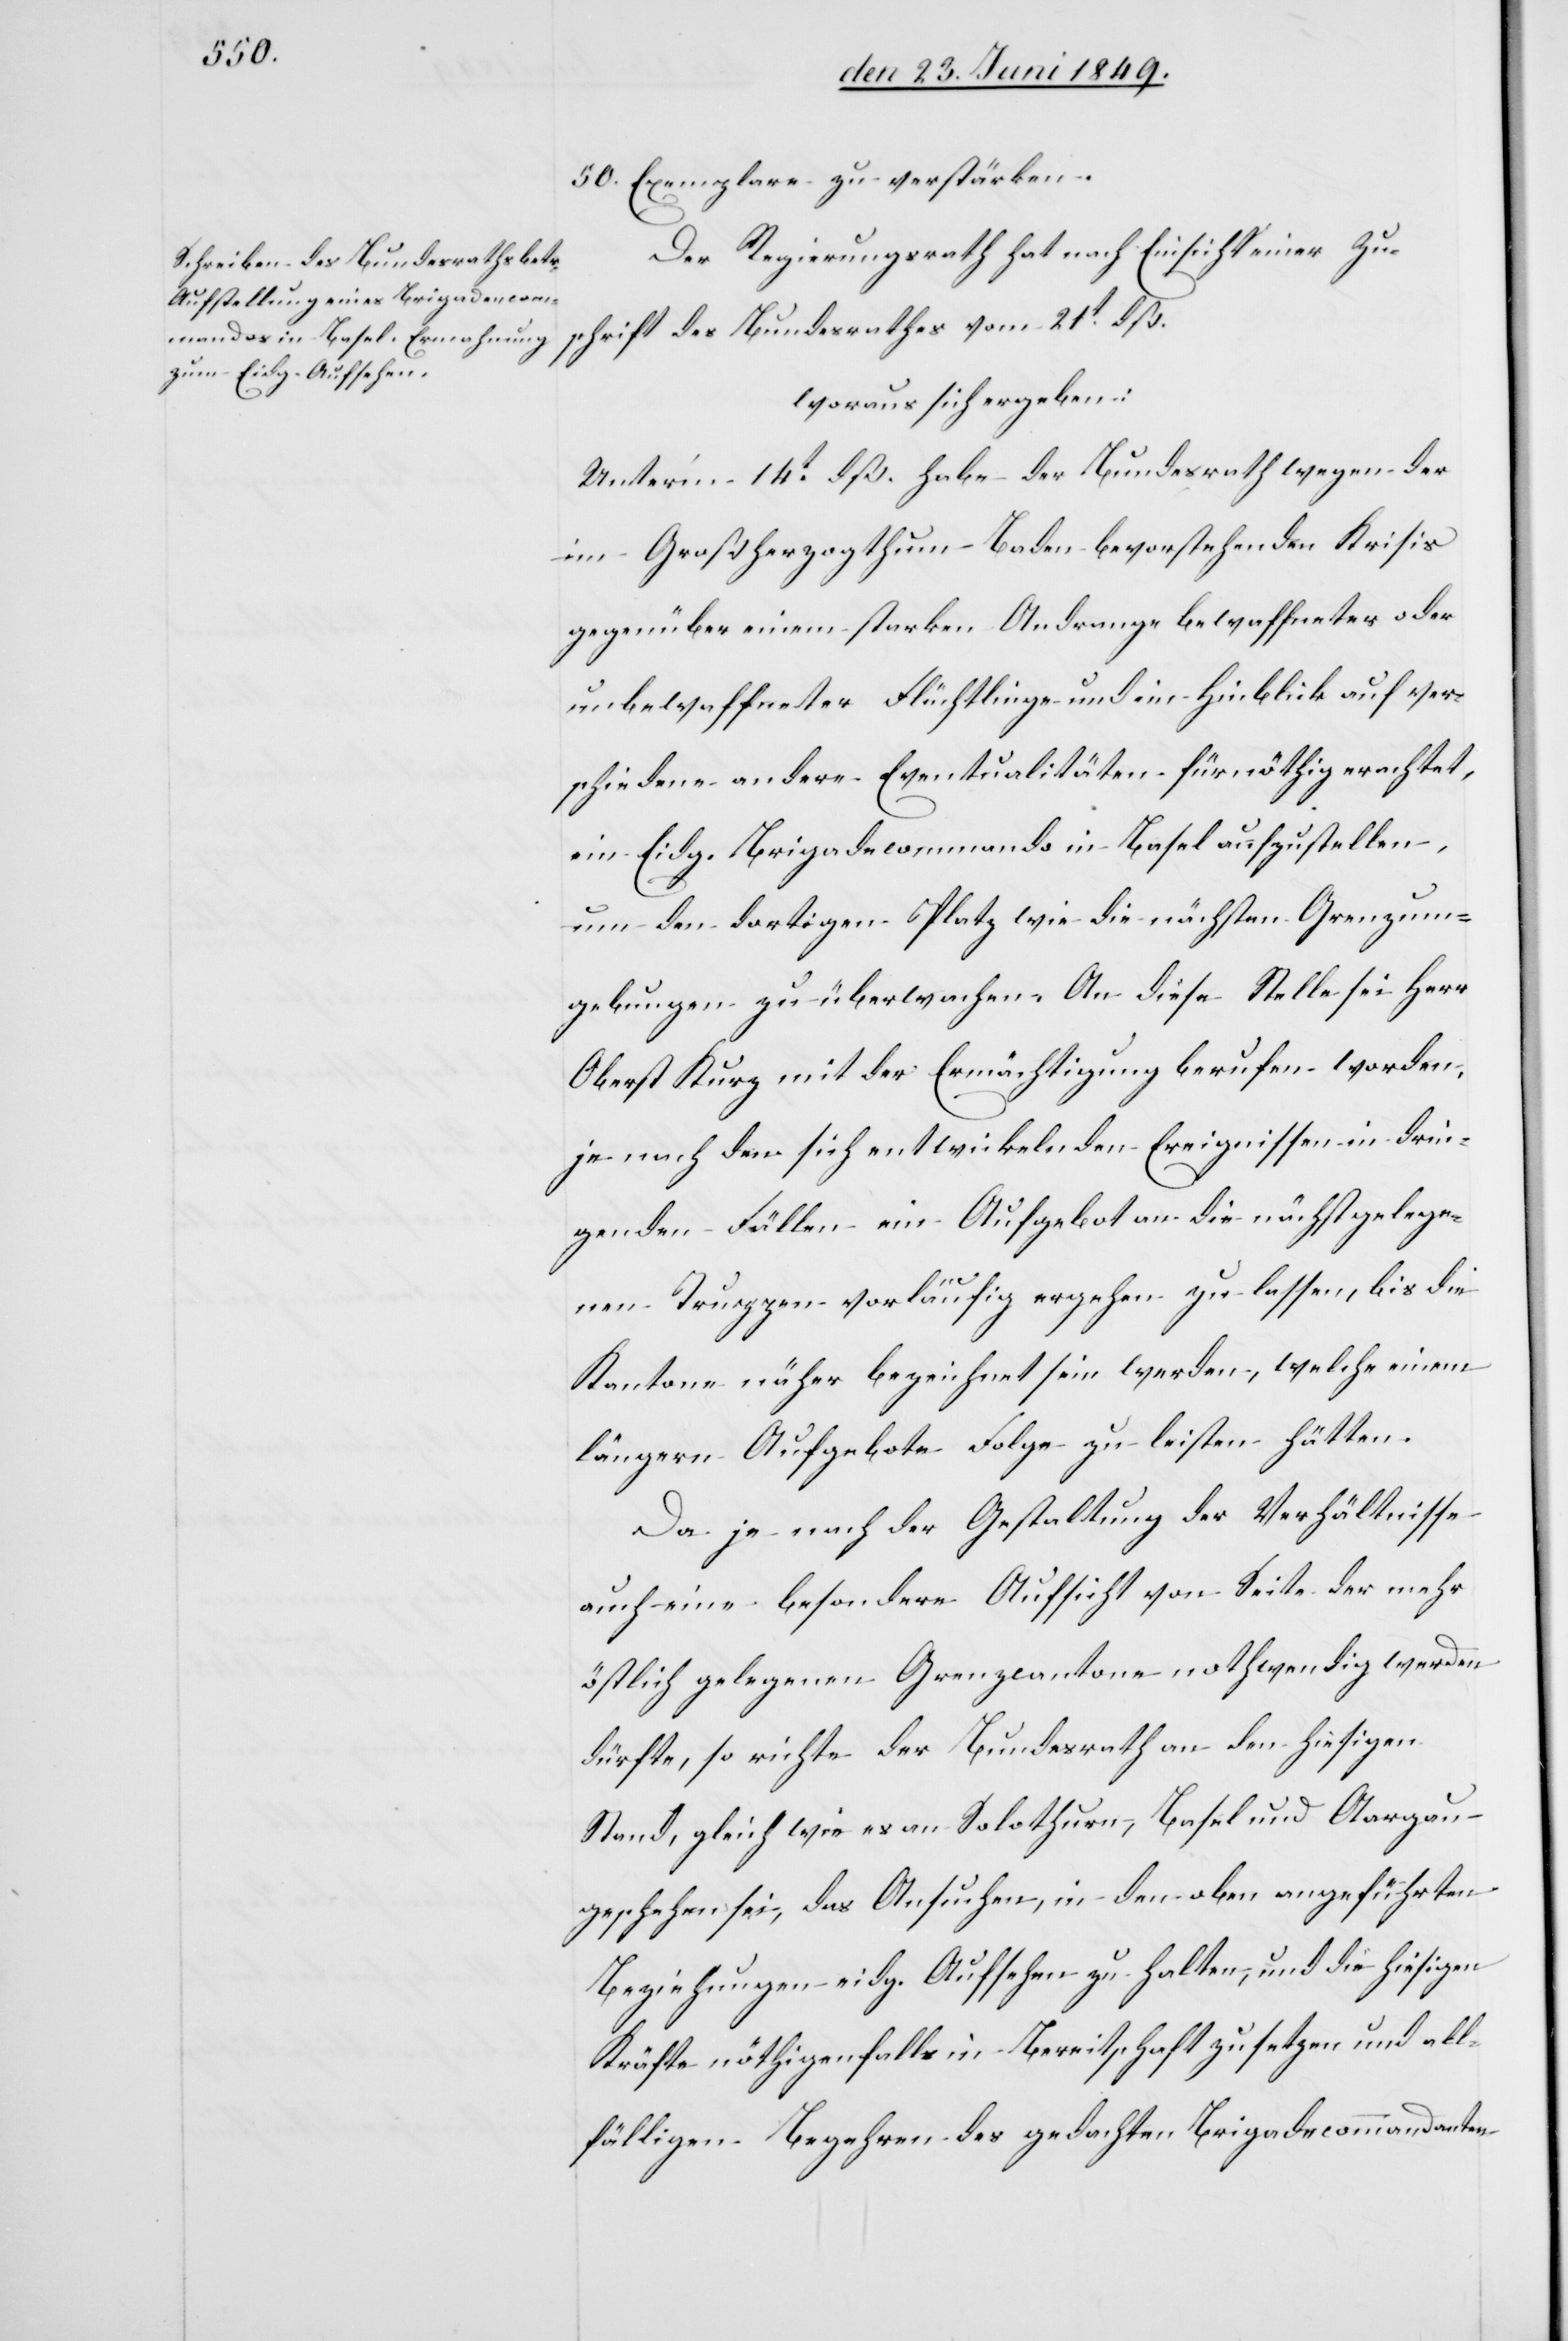
50. Exemplare zu verstärken.
Der Regierungsrath hat nach Einsicht einer Zu¬
schrift des Bundesrathes vom 21t dß.
woraus sich ergeben:
Unter’m 14t dß. habe der Bundesrath wegen der
im Großherzogthum Baden bevorstehenden Krisis
gegenüber einem starken Andrange bewaffneter oder
unbewaffneter Flüchtlinge und im Hinblick auf ver¬
schiedene andere Eventualitäten für nöthig erachtet,
ein Eidg. Brigadecommando in Basel aufzustellen,
um den dortigen Platz wie die nächsten Grenzum¬
gebungen zu überwachen. An diese Stelle sei Herr
Oberst Kurz mit der Ermächtigung berufen worden,
je nach den sich entwickelnden Ereignissen in drin¬
genden Fällen ein Aufgebot an die nächstgelege¬
nen Truppen vorläufig ergehen zu lassen, bis die
Kantone näher bezeichnet sein werden, welche einem
längern Aufgebote Folge zu leisten hätten.
Da je nach der Gestaltung der Verhältnisse
auch eine besondere Aufsicht von Seite der mehr
östlich gelegenen Grenzcantone nothwendig werden
dürfte, so richte der Bundesrath an den hiesigen
Stand, gleich wie es an Solothurn, Basel und Aargau
geschehen sei, das Ansuchen, in den oben angeführten
Beziehungen eidg. Aufsehen zu halten, und die hiesigen
Kräfte nöthigenfalls in Bereitschaft zu setzen und all¬
fälligen Begehren des gedachten Brigadecommandanten